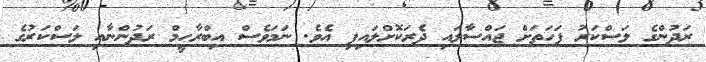
ރަދުންގެ ލަސްކަރު ފަހަތަށް ޖައްސާލައި ދެރަކޮށްލައިފި އެވެ. ނަމަވެސް އިބްރާހީމް ރަދުންނާއި ލަސްކަރުގެ